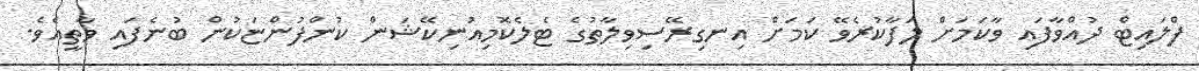
ފްލައިޓް ދުއްވާފައި ވާކަމަށް ލަފާކުރެވޭ ކަމަށް އިނގިރޭސިވިލާތުގެ ޓެލެކޮމިއުނިކޭޝަން ކުންފުންޏަކުން ބުނެފައި ވާތީއެވެ.